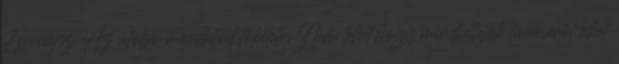
Egonájsz Az utolsó mondatod tökéletes.Nem lehet,hogy mindkettejük túléléséről lehet